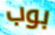
بوب